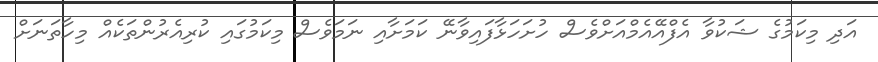
އަދި މިކަމުގެ ޝަކުވާ އެފްއޭއެމްއަށްވެސް ހުށަހަޅާފައިވާނޭ ކަމަށާއި ނަމަވެސް މިކަމުގައި ކުރިއެރުންތަކެއް މިހާތަނަށް